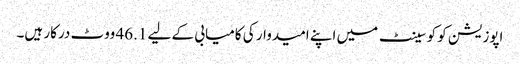
اپوزیشن کو کو سینٹ میں اپنے امیدوار کی کامیابی کے لیے 46.1 ووٹ درکار ہیں۔